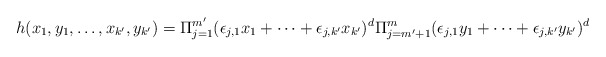
\begin{align*} h(x_1,y_1,\ldots, x_{k'}, y_{k'}) =\Pi_{j=1}^{m'} (\epsilon_{j,1}x_1+\cdots +\epsilon_{j,k'}x_{k'})^d \Pi_{j=m'+1}^m (\epsilon_{j,1}y_1 +\cdots +\epsilon_{j,k'}y_{k'})^d\end{align*}